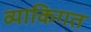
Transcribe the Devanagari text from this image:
व्याकिगत